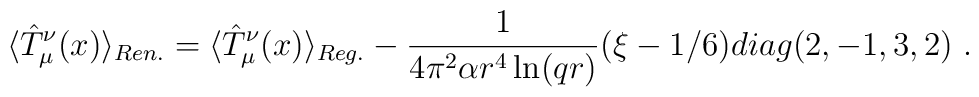
\langle\hat{T}_\mu^\nu(x)\rangle_{Ren.}=\langle\hat{T}_\mu^\nu(x)\rangle_{Reg.}-\frac1{4\pi^2\alpha r^4\ln(qr)}(\xi-1/6)diag(2,-1,3,2) \ .